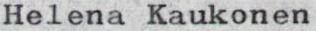
Helena Kaukonen